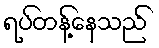
ရပ်တန့်နေသည်